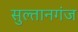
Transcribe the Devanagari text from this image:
सुल्‍तानगंज